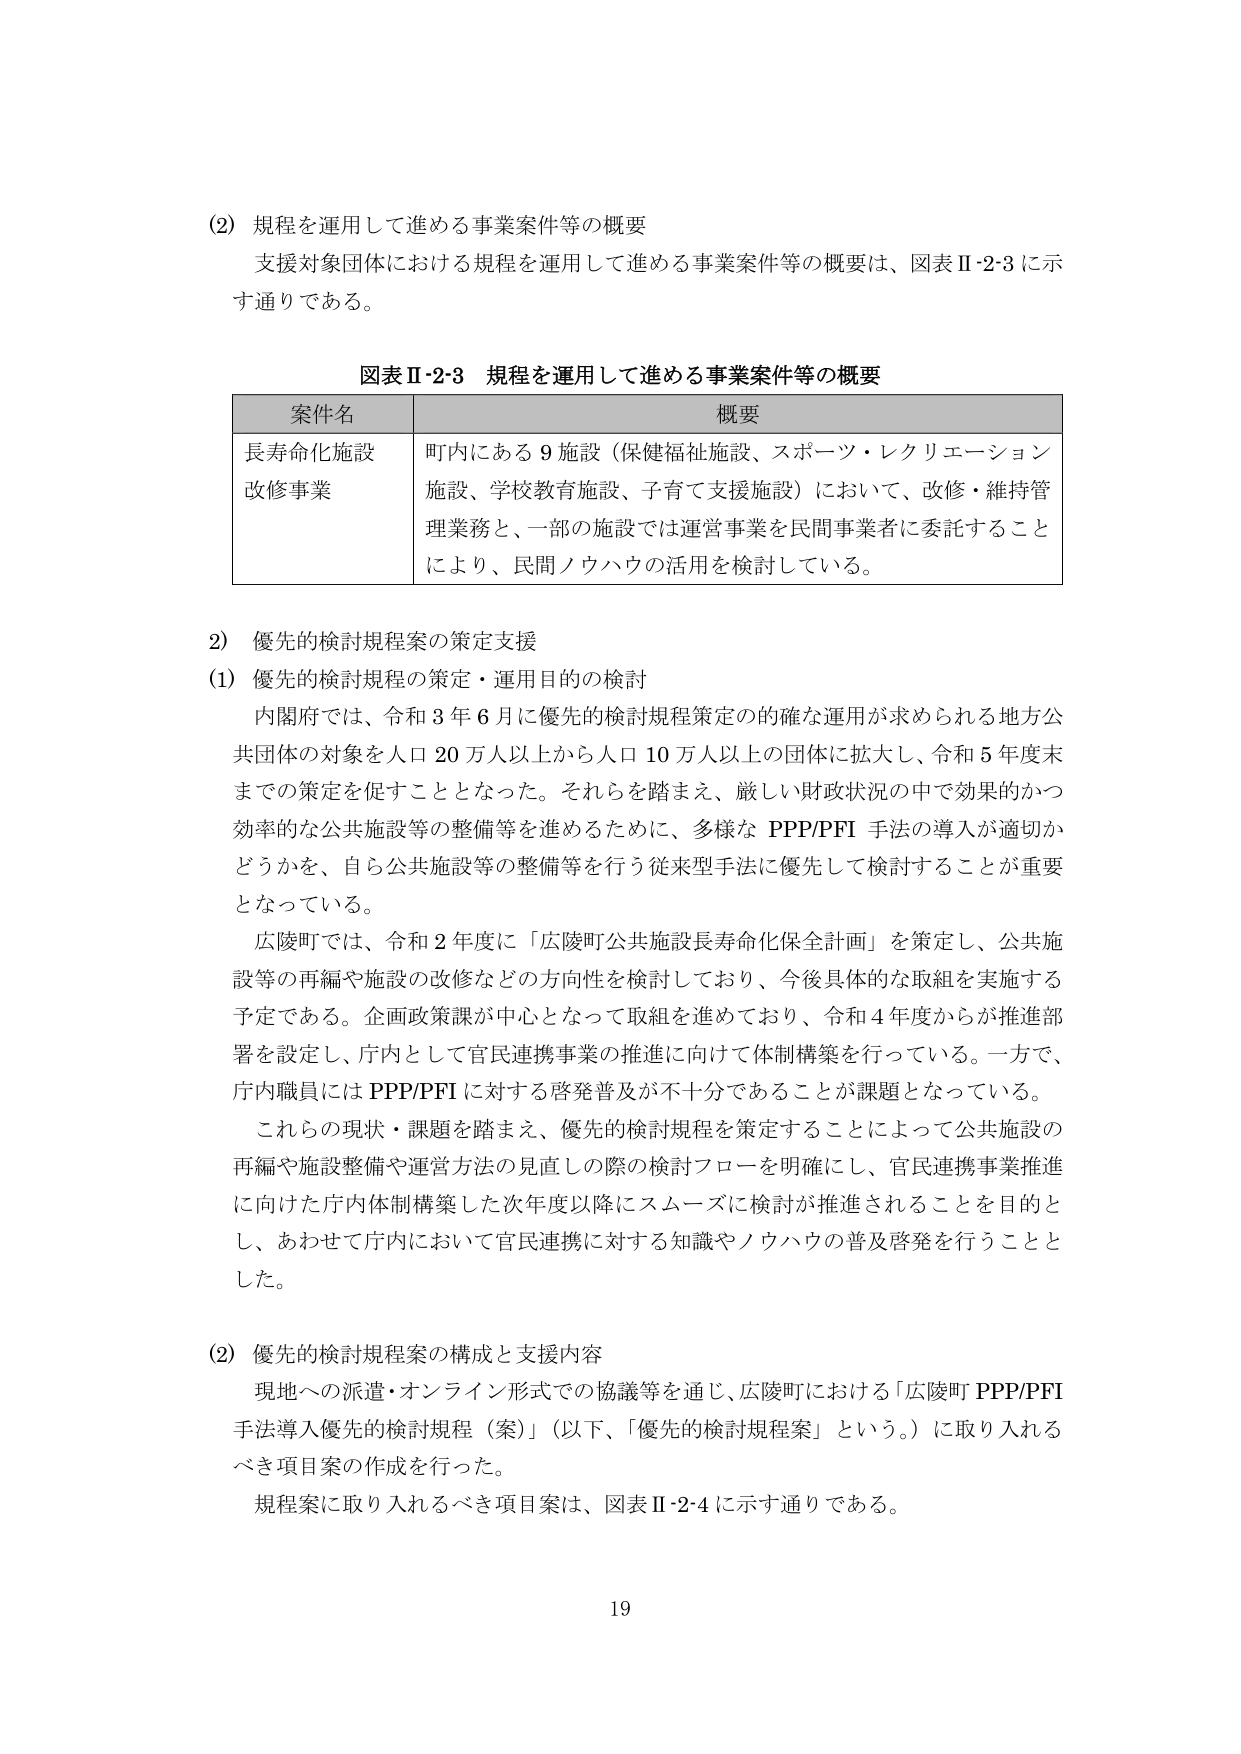
(2) 規程を運用して進める事業案件等の概要
支援対象団体における規程を運用して進める事業案件等の概要は、図表Ⅱ-2-3に示す通りである。

図表Ⅱ-2-3 規程を運用して進める事業案件等の概要
| 案件名 | 概要 |
|---|---|
| 長寿命化施設改修事業 | 町内にある9施設（保健福祉施設、スポーツ・レクリエーション施設、学校教育施設、子育て支援施設）において、改修・維持管理業務と、一部の施設では運営事業を民間事業者に委託することにより、民間ノウハウの活用を検討している。 |

2) 優先的検討規程案の策定支援
(1) 優先的検討規程の策定・運用目的の検討
内閣府では、令和3年6月に優先的検討規程策定の的確な運用が求められる地方公共団体の対象を人口20万人以上から人口10万人以上の団体に拡大し、令和5年度末までの策定を促すこととなった。それらを踏まえ、厳しい財政状況の中で効果的かつ効率的な公共施設等の整備等を進めるために、多様なPPP/PFI手法の導入が適切かどうかを、自ら公共施設等の整備等を行う従来型手法に優先して検討することが重要となっている。
広陵町では、令和2年度に「広陵町公共施設長寿命化保全計画」を策定し、公共施設等の再編や施設の改修などの方向性を検討しており、今後具体的な取組を実施する予定である。企画政策課が中心となって取組を進めており、令和4年度からが推進部署を設定し、庁内として官民連携事業の推進に向けて体制構築を行っている。一方で、庁内職員にはPPP/PFIに対する啓発普及が不十分であることが課題となっている。
これらの現状・課題を踏まえ、優先的検討規程を策定することによって公共施設の再編や施設整備や運営方法の見直しの際の検討フローを明確にし、官民連携事業推進に向けた庁内体制構築した次年度以降にスムーズに検討が推進されることを目的とし、あわせて庁内において官民連携に対する知識やノウハウの普及啓発を行うこととした。

(2) 優先的検討規程案の構成と支援内容
現地への派遣・オンライン形式での協議等を通じ、広陵町における「広陵町PPP/PFI手法導入優先的検討規程（案）」（以下、「優先的検討規程案」という。）に取り入れるべき項目案の作成を行った。
規程案に取り入れるべき項目案は、図表Ⅱ-2-4に示す通りである。

19